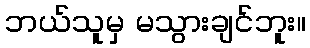
ဘယ်သူမှ မသွားချင်ဘူး။